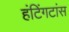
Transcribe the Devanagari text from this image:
हंटिंगटांस